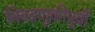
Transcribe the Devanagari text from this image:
निवडणुकीपुर्वी